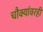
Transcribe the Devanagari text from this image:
चौक्यांवरही